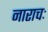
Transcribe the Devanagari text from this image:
नाराचः